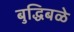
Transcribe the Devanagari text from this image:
बुद्धिबळे